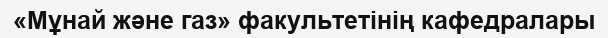
«Мұнай және газ» факультетінің кафедралары